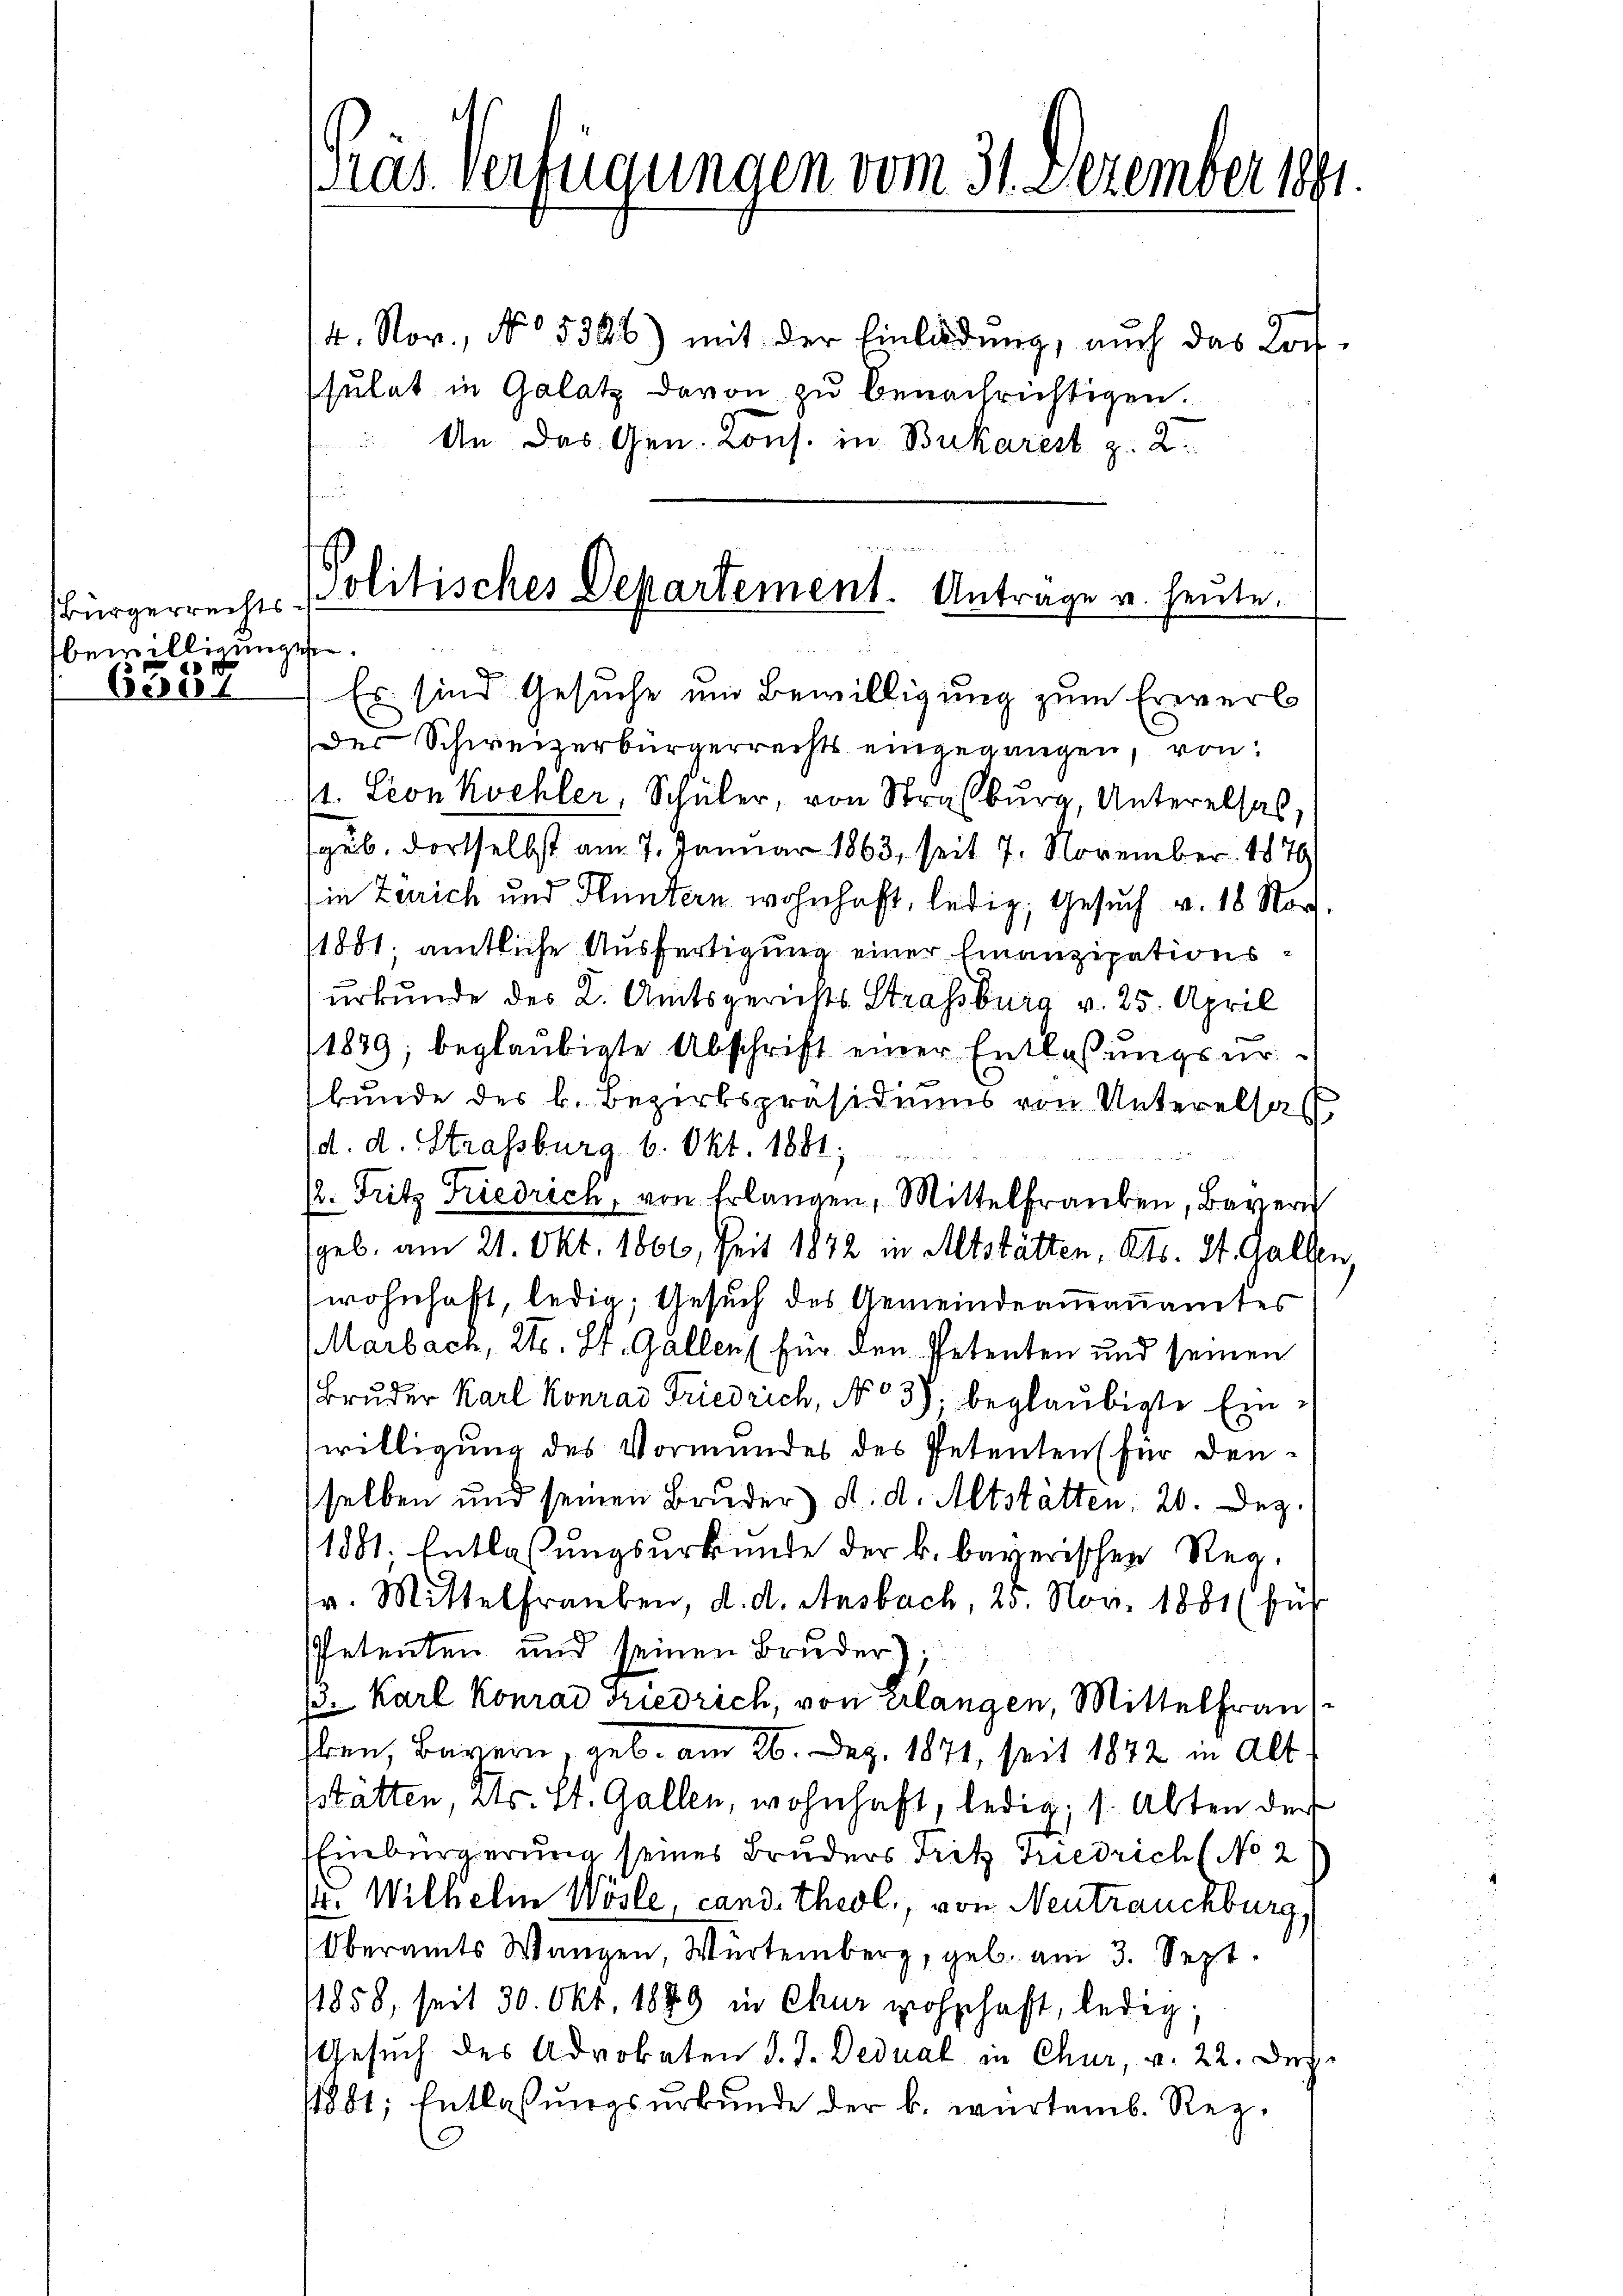
Bürgerrechts-
bewilligungen.
6357

14. Nov., No. 5396) mit der Einladung, auch das Lotsulat in Galatz davon zu benachrichtigen.
 An das Gen. Cons. in Bukarest p. 2.
e

Gras. Verfügungen vom 31. Dezember 1891

Politisches Departement. Antrage u. heute.

Es sind Gesuche und Bewilligung zum Erwerb
der Schweizerbürgerrechts eingegangen, von:
1. Leon Kochler, Schüler, von Straßburg, Unterelsal,
gub. dortselbst am 7. Januar 1863, seit 7. November 1879
in Zürich und Fluntern wohnhaft, ledig, Gesuch v. 18 Nov.
1801. amtliche Ausfertigung einer Finanzipationsurkunde des K. Amtsgerichts Strassburg v. 25. April
11879; beglaubigte Abschrift einer Entlassungsurbunde des k. Bezirkspräsidiums von Unterelsas
d. d. Strassburg. 6. Okt. 1881,
/2. Fritz Friedrich, von Erlangen, Mittelfraŭben, Bayern
geb. am 21. Okt. 1860, Zeit 1872 in Altstätten, Kts. St. Gallen,
wohnhaft, ledig; Gesuch des Gemeindeammannamtes
Marbach, Kt. St. Gallen (für den Petenten und seinen
Bruder Karl Konrad Friedrich, No 39. beglaubigte Ein-
willigung des Vormundes des Petentens für den
selben und seinen Bruder d. d. Altstätten, 20. Dez.
1881, Entlassungsurkunde der k. bayerischen Regv. Mittelfrauben, d. d. Ansbach, 20. Nov. 1881 (für
Petenten und seinen Bruder),
13. Karl Konrad Friedrich, von erlangen, Mittelfrau
Ehen, Bayern, geb. am 26. Dez. 1871, seit 1872 in Alt
stätten, Kts. St. Gallen, wohnhaft, ledig, s. Abten der
Einbürgerung seines Bruders Fritz Friedrich (No 2
s. Wilhelin Wösle, cand. Theol., von Neutrauchburg,
Oberamts Wangen, Würtemberg, geb. am 3. Sept.
4858, seit 30. Okt. 1889 in Chur wohnhaft, ledig,
Gesuch des Advokaten d. J. Dedual in Chur, v. 22. Dez.
4881; Entlassungsurkunde der k. würtemb. Rez.